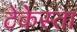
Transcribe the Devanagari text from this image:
टेकेस्ता